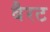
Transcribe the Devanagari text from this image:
बैरट